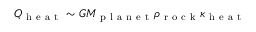
Q _ { \mathrm { ~ h ~ e ~ a ~ t ~ } } \sim G M _ { \mathrm { ~ p ~ l ~ a ~ n ~ e ~ t ~ } } \rho _ { \mathrm { ~ r ~ o ~ c ~ k ~ } } \kappa _ { \mathrm { ~ h ~ e ~ a ~ t ~ } }